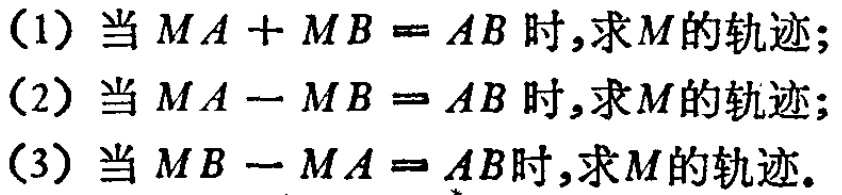
(1) 当 \(MA + MB = AB\) 时,求 \(M\) 的轨迹;

(2) 当 \(MA - MB = AB\) 时,求 \(M\) 的轨迹;

(3) 当 \(MB - MA = AB\) 时,求 \(M\) 的轨迹.